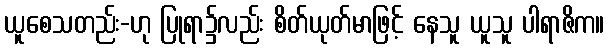
ယူစေသတည်း-ဟု ပြုရာ၌လည်း စိတ်ယုတ်မာဖြင့် နေသူ ယူသူ ပါရာဇိက။